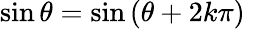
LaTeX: \sin\theta=\sin\left(\theta+2k\pi\right)\quad